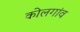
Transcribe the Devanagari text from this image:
कोलगांव